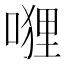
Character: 𭉭